Annual vaccination report of Bihar and Orissa - 1911-1928
Year: 1911
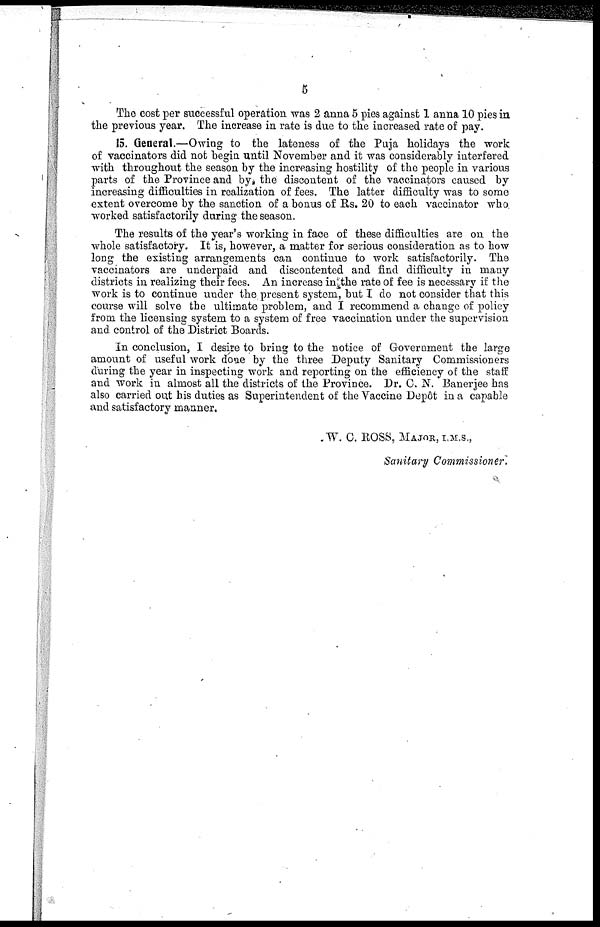
5
The cost per successful operation was 2 anna 5 pies against 1 anna 10 pies in
the previous year. The increase in rate is due to the increased rate of pay.
15. General.—Owing to the lateness of the Puja holidays the work
of vaccinators did not begin until November and it was considerably interfered
with throughout the season by the increasing hostility of the people in various
parts of the Province and by the discontent of the vaccinators caused by
increasing difficulties in realization of fees. The latter difficulty was to some
extent overcome by the sanction of a bonus of Rs. 20 to each vaccinator who
worked satisfactorily during the season.
The results of the year's working in face of these difficulties are on the
whole satisfactory. It is, however, a matter for serious consideration as to how
long the existing arrangements can continue to work satisfactorily. The
vaccinators are underpaid and discontented and find difficulty in many
districts in realizing their fees. An increase in the rate of fee is necessary if the
work is to continue under the present system, but I do not consider that this
course will solve the ultimate problem, and I recommend a change of policy
from the licensing system to a system of free vaccination under the supervision
and control of the District Boards.
In conclusion, I desire to bring to the notice of Government the large
amount of useful work done by the three Deputy Sanitary Commissioners
during the year in inspecting work and reporting on the efficiency of the staff
and work in almost all the districts of the Province. Dr. C. N. Banerjee has
also carried out his duties as Superintendent of the Vaccine Depôt in a capable
and satisfactory manner.
W. C. ROSS, MAJOR, I.M.S.,
Sanitary Commissioner.